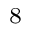
^ { 8 }